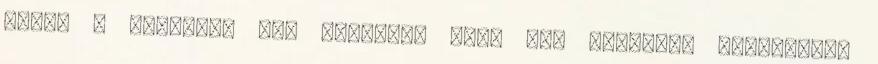
akkor a testület úgy döntött, hogy nem kötelező megépíteni